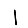
Digit: 1